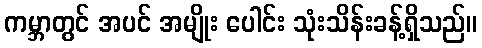
ကမ္ဘာတွင် အပင် အမျိုး ပေါင်း သုံးသိန်းခန့်ရှိသည်။